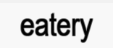
eatery